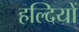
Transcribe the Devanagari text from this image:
हल्दियों